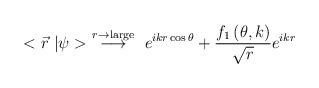
LaTeX: \begin{align*}< \vec{r} \ | \psi > \ \stackrel{r \rightarrow {\rm large}}{\longrightarrow} \ e^{i k r \cos{\theta}} + {f_1 \left( \theta, k \right) \over \sqrt{r}} e^{i k r}\end{align*}